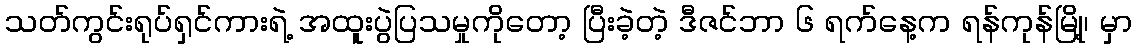
သတ်ကွင်းရုပ်ရှင်ကားရဲ့ အထူးပွဲပြသမှုကိုတော့ ပြီးခဲ့တဲ့ ဒီဇင်ဘာ ၆ ရက်နေ့က ရန်ကုန်မြို့၊ မှာ